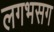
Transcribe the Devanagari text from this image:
लगभसग